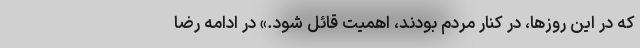
که در این روزها، در کنار مردم بودند، اهمیت قائل شود.» در ادامه رضا